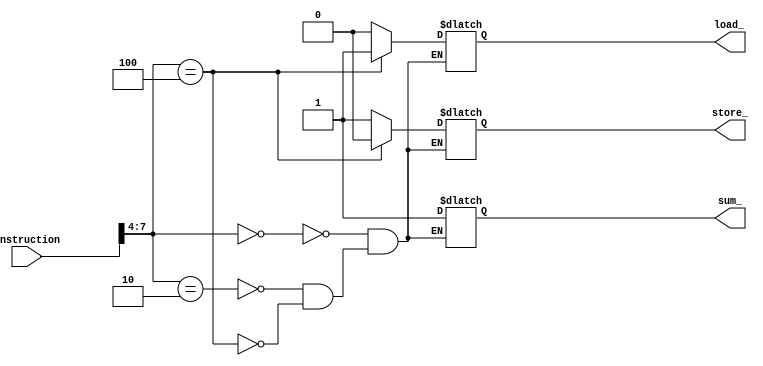
module Controller (
    input wire [7:0] instruction,
    output reg sum_,
    output reg load_,
    output reg store_
);
    // reg sum_;
    // reg load_;
    // reg store_;

    always @(instruction) begin
    case (instruction[7:4])
        4'b0000: begin
        // Summation
        sum_ <= 1;
        load_ <= 1'bz;
        store_ <= 1'bz;
        
        end
        4'b0010: begin
        // Store
        sum_ <= 1'bz;
        load_ <= 1'b0;
        store_ <= 1'b1;
        
        end
        4'b0100: begin
        // Load
        sum_ <= 1'bz;
        load_ <= 1'b1;
        store_ <= 1'b0;

        end
    endcase
    end

    // assign sum = sum_;
    // assign load = load_;
    // assign store = store_;

endmodule